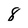
Character: 8